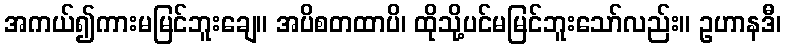
အကယ်၍ကားမမြင်ဘူးချေ။ အပိစတထာပိ၊ ထိုသို့ပင်မမြင်ဘူးသော်လည်း။ ဥဟာနဒီ၊